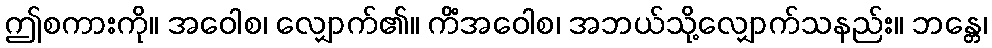
ဤစကားကို။ အဝေါစ၊ လျှောက်၏။ ကိံအဝေါစ၊ အဘယ်သို့လျှောက်သနည်း။ ဘန္တေ၊